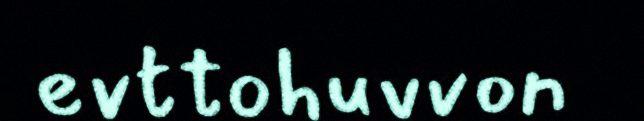
evttohuvvon